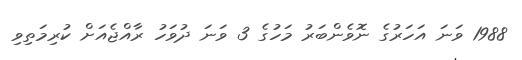
1988 ވަނަ އަހަރުގެ ނޮވެންބަރު މަހުގެ 3 ވަނަ ދުވަހު ރާއްޖެއަށް ކުރިމަތިވި